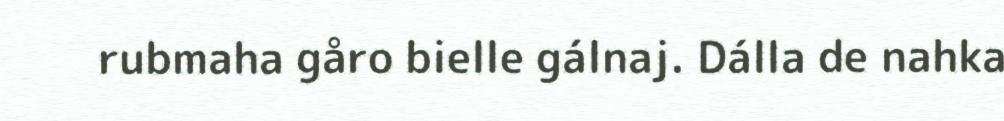
rubmaha gåro bielle gálnaj. Dálla de nahka